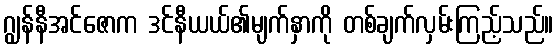
ဂျွန်နီအင်ဇောက ဒင်နီယယ်၏မျက်နှာကို တစ်ချက်လှမ်းကြည့်သည်။